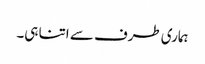
ہماری طرف سے اتنا ہی۔